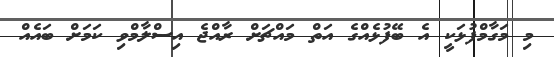
މި މަގާމްފުޅަކީ އެ ބޭފުޅެއްގެ އަތް މައްޗަށް ރާއްޖެ އިސްލާމްވި ކަމަށް ބައެއް